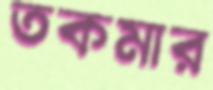
তকমার